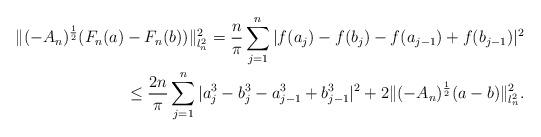
LaTeX: \begin{align*}\|(-A_n)^{\frac{1}{2}}(F_n(a)-F_n(b))\|^2_{l_n^2}=\frac{n}{\pi}\sum_{j=1}^n|f(a_j)-f(b_j)-f(a_{j-1})+f(b_{j-1})|^2\\\le\frac{2n}{\pi}\sum_{j=1}^n|a_j^3-b_j^3-a_{j-1}^3+b_{j-1}^3|^2+2\|(-A_n)^{\frac{1}{2}}(a-b)\|^2_{l_n^2}.\end{align*}